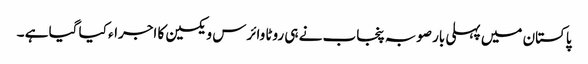
پاکستان میں پہلی بار صوبہ پنجاب نے ہی روٹا وائرس ویکسین کا اجراء کیا گیا ہے ۔